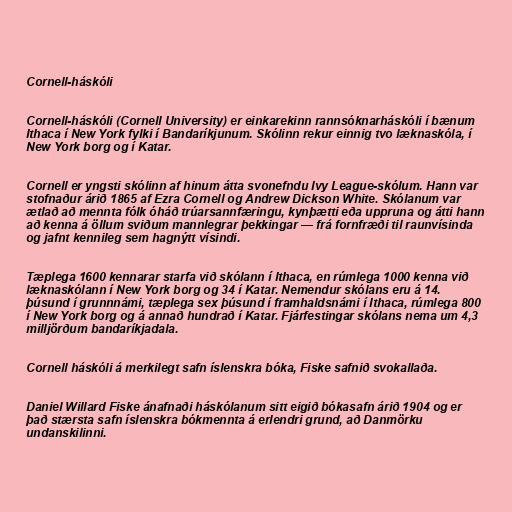
Cornell-háskóli

Cornell-háskóli (Cornell University) er einkarekinn rannsóknarháskóli í bænum
Ithaca í New York fylki í Bandaríkjunum. Skólinn rekur einnig tvo læknaskóla, í
New York borg og í Katar.

Cornell er yngsti skólinn af hinum átta svonefndu Ivy League-skólum. Hann var
stofnaður árið 1865 af Ezra Cornell og Andrew Dickson White. Skólanum var
ætlað að mennta fólk óháð trúarsannfæringu, kynþætti eða uppruna og átti hann
að kenna á öllum sviðum mannlegrar þekkingar — frá fornfræði til raunvísinda
og jafnt kennileg sem hagnýtt vísindi.

Tæplega 1600 kennarar starfa við skólann í Ithaca, en rúmlega 1000 kenna við
læknaskólann í New York borg og 34 í Katar. Nemendur skólans eru á 14.
þúsund í grunnnámi, tæplega sex þúsund í framhaldsnámi í Ithaca, rúmlega 800
í New York borg og á annað hundrað í Katar. Fjárfestingar skólans nema um 4,3
milljörðum bandaríkjadala.

Cornell háskóli á merkilegt safn íslenskra bóka, Fiske safnið svokallaða.

Daniel Willard Fiske ánafnaði háskólanum sitt eigið bókasafn árið 1904 og er
það stærsta safn íslenskra bókmennta á erlendri grund, að Danmörku
undanskilinni.